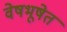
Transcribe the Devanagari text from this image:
वेषभूषेत